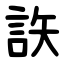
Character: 䛈